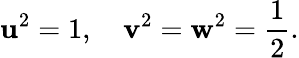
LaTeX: \mathbf{u}^{2}=1,\quad\mathbf{v}^{2}=\mathbf{w}^{2}=\frac{1}{2}.